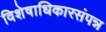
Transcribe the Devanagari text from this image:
विशेषाधिकारसंपन्न